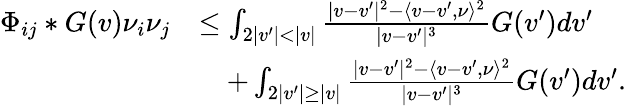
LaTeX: \begin{array}{rl}{\Phi_{ij}*G(v)\nu_{i}\nu_{j}}&{\leq\int_{2|v^{\prime}|<|v|}\frac{|v-v^{\prime}|^{2}-\langle v-v^{\prime},\nu\rangle^{2}}{|v-v^{\prime}|^{3}}G(v^{\prime})dv^{\prime}}\\ &{\quad+\int_{2|v^{\prime}|\geq|v|}\frac{|v-v^{\prime}|^{2}-\langle v-v^{\prime},\nu\rangle^{2}}{|v-v^{\prime}|^{3}}G(v^{\prime})dv^{\prime}.}\end{array}